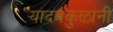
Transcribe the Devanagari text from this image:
यादवकुळानी